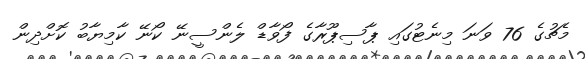
މެޗުގެ 76 ވަނަ މިނެޓުގައި ޕާސިޕޫރާގެ ފޯވާޑް ލެންސީނޭ ކޯނޭ ކާމިޔާބު ކޮށްދިން